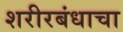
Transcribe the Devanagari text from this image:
शरीरबंधाचा